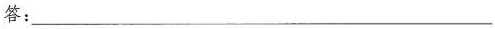
答：___